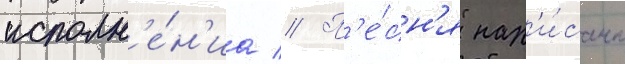
исполн'е́н'иа // П'е́сн'я нап'и́сана